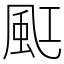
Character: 䫹